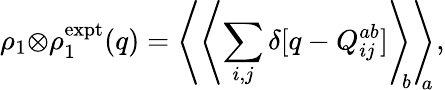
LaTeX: \rho_{1}{\otimes}\rho_{1}^{\mathrm{expt}}(q)=\left\langle\left\langle\sum_{i,j}\delta[q-Q_{ij}^{ab}]\right\rangle_{\! \! b}\right\rangle_{\! \! \! a},